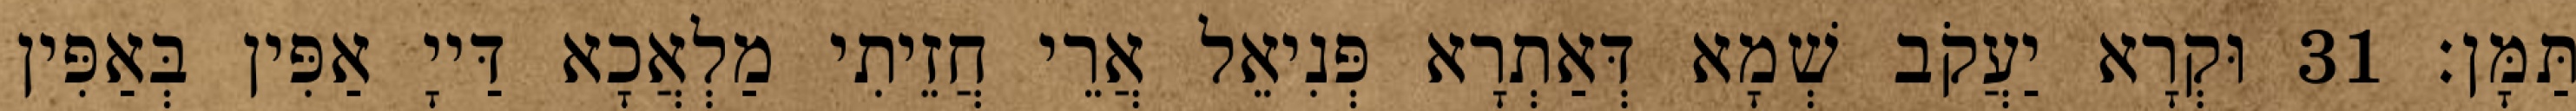
תַּמָּן׃ 31 וּקְרָא יַעֲקֹב שְׁמָא דְּאַתְרָא פְּנִיאֵל אֲרֵי חֲזֵיתִי מַלְאֲכָא דַּייָ אַפִּין בְּאַפִּין